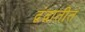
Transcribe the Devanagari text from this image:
द्वंद्वातीतं